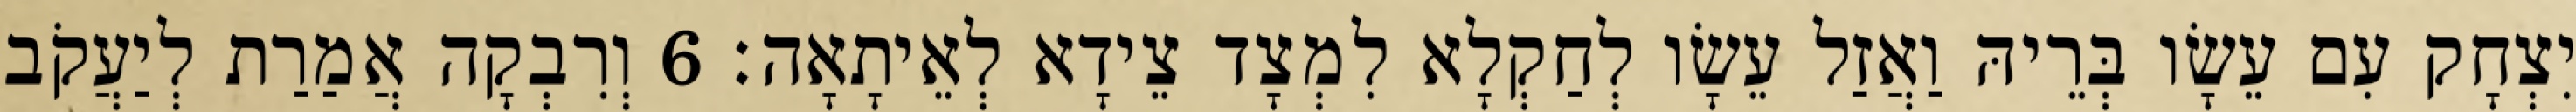
יִצְחָק עִם עֵשָׂו בְּרֵיהּ וַאֲזַל עֵשָׂו לְחַקְלָא לִמְצָד צֵידָא לְאֵיתָאָה׃ 6 וְרִבְקָה אֲמַרַת לְיַעֲקֹב